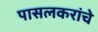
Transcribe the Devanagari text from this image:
पासलकरांचे